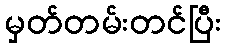
မှတ်တမ်းတင်ပြီး